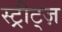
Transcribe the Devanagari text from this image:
स्ट्रीट्ज़